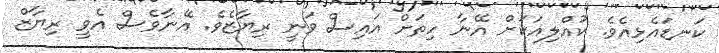
ކަނޑައެޅިއެވެ. ކުއްލިއަކަށް އޭނާ ހިތަށް އައިސް ވަނީ ރިޔާޒެވެ. އޭނާވެސް އެވީ ރިޔާޒް